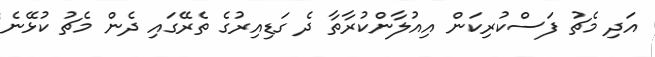
އަދި މެޗު ފަސްކުރިކަން އިއުލާންކުރާތާ ދެ ގަޑިއިރުގެ ތެރޭގައި ދެން މެޗު ކުޅޭނެ